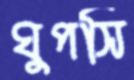
ঘুপসি